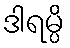
ဒါရမ္ပိ